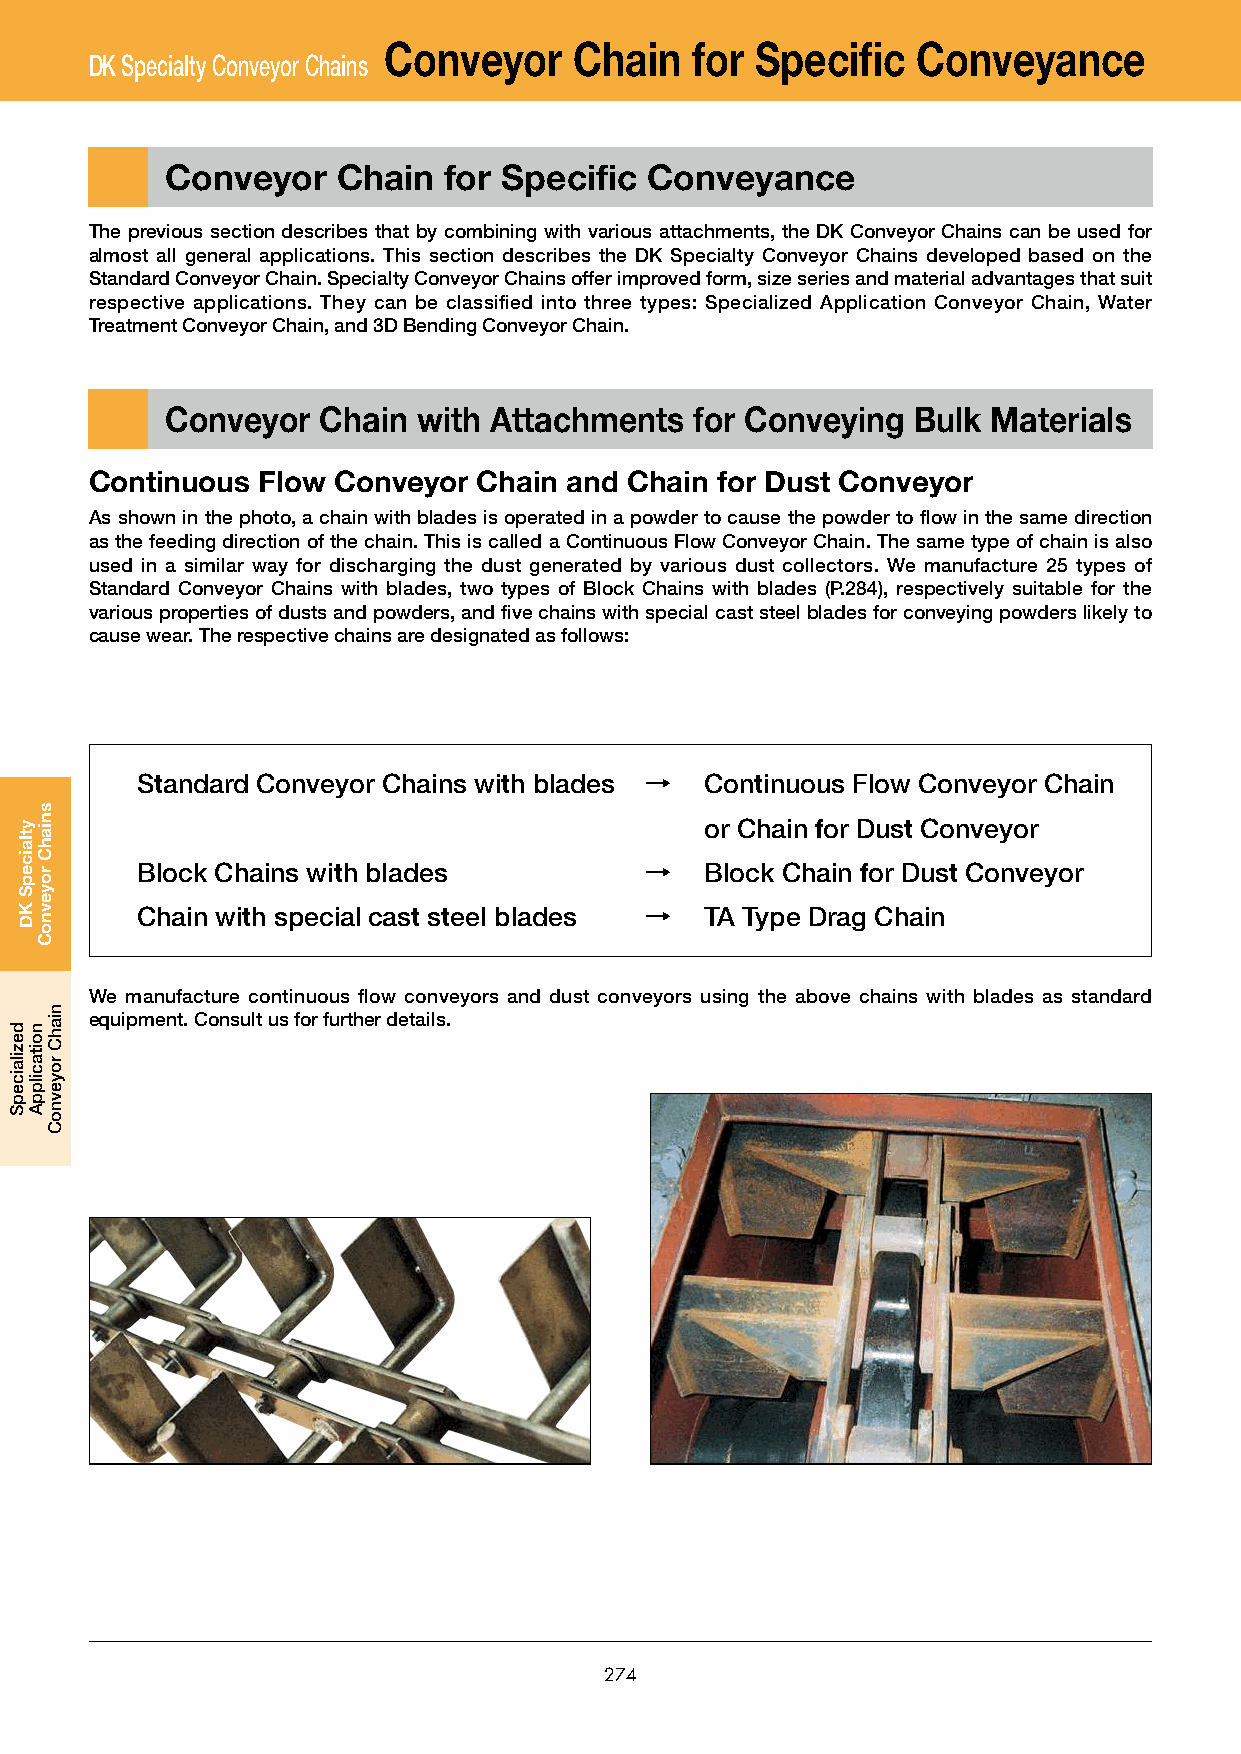
Conveyor     Chain   for Specific   Conveyance
 DK Specialty Conveyor Chains
 Conveyor   Chain  for Specific  Conveyance
 The previous section describes that by combining with various attachments, the DK Conveyor Chains can be used for
 almost all general applications. This section describes the DK Specialty Conveyor Chains developed based on the
 Standard Conveyor Chain. Specialty Conveyor Chains offer improved form, size series and material advantages that suit
 respective applications. They can be classified into three types: Specialized Application Conveyor Chain, Water
 Treatment Conveyor Chain, and 3D Bending Conveyor Chain.
 Conveyor  Chain  with Attachments  for Conveying Bulk  Materials
 Continuous Flow Conveyor  Chain and Chain for Dust Conveyor
 As shown in the photo, a chain with blades is operated in a powder to cause the powder to flow in the same direction
 as the feeding direction of the chain. This is called a Continuous Flow Conveyor Chain. The same type of chain is also
 used in a similar way for discharging the dust generated by various dust collectors. We manufacture 25 types of
 Standard Conveyor Chains with blades, two types of Block Chains with blades (P.284), respectively suitable for the
 various properties of dusts and powders, and five chains with special cast steel blades for conveying powders likely to
 cause wear. The respective chains are designated as follows:
 Standard Conveyor Chains with blades → Continuous Flow Conveyor Chain
 or Chain for Dust Conveyor
 Block Chains with blades          →   Block Chain for Dust Conveyor
 Chain with special cast steel blades → TA Type Drag Chain
 We manufacture continuous flow conveyors and dust conveyors using the above chains with blades as standard
 equipment. Consult us for further details.
 274
 dezilaicepS
 ytlaicepS
 KD
 noitacilppA
 sniahC
 royevnoC
 niahC
 royevnoC